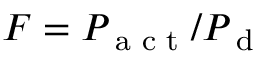
F = P _ { \textrm { a c t } } / P _ { \textrm { d } }